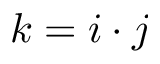
k = i \cdot j